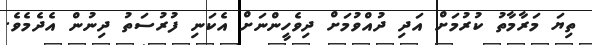
ތިޔަ މަރާމާތު ކުރުމަށް އަދި ދުއްވުމަށް ދިވެހީންނަށް އެކަނި ފުރުސަތު ދިނުން އެދެމެވެ.